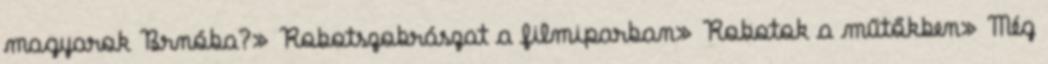
magyarok Brnóba?» Robotszobrászat a filmiparban» Robotok a műtőkben» Még